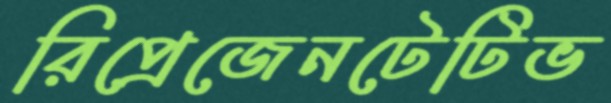
রিপ্রেজেনটেটিভ